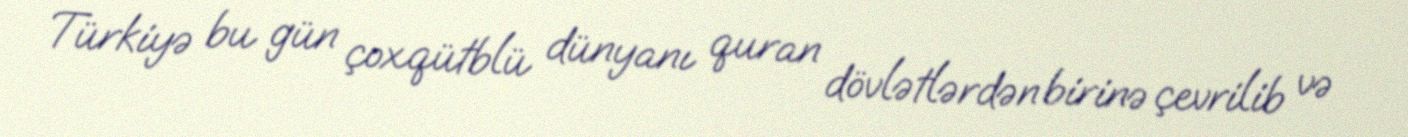
Türkiyə bu gün çoxqütblü dünyanı quran dövlətlərdən birinə çevrilib və